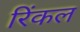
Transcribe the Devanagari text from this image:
रिंकल